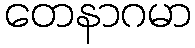
တေနာဂမာ